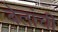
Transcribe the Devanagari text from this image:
बेतांची